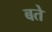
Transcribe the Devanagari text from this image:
बते